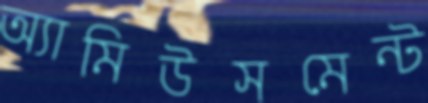
অ্যামিউসমেন্ট